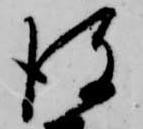
彼